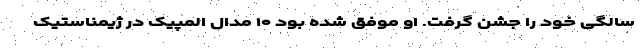
سالگی خود را جشن گرفت. او موفق شده بود ۱۰ مدال المپیک در ژیمناستیک